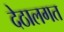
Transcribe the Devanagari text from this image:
देठालगत